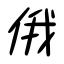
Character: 俄